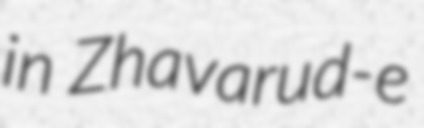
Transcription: in Zhavarud-e